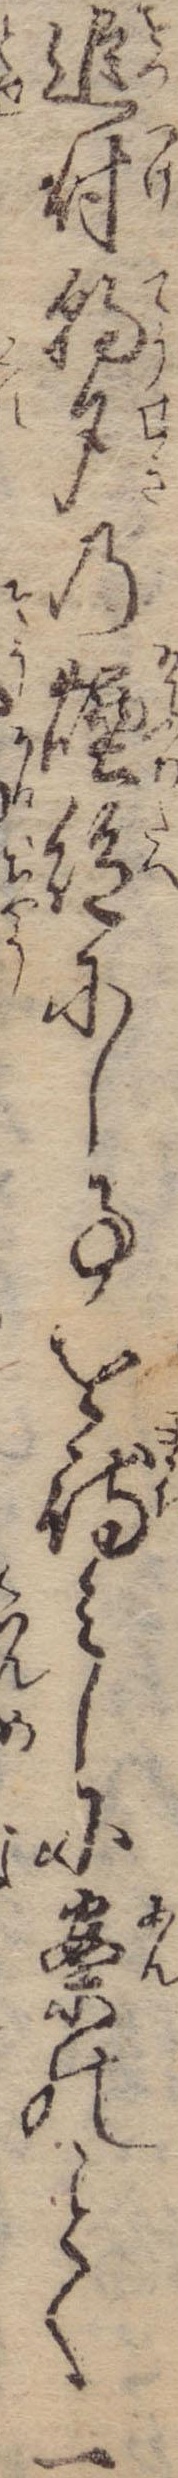
追付朝夕の煙絶にし事を待みしに案のく一